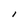
Character: I